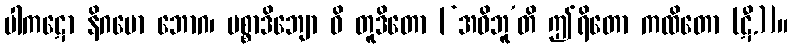
ပါကဋော နိဂမော ဘောဂ၊ မစ္စာဒိဘျော ဓိ တူဒိတော [‘အဓိဘူ’တိ ဤရိတော ကထိတော (ဋီ.)]။